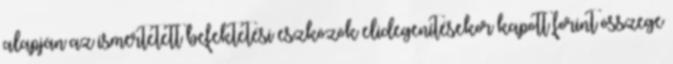
alapján az ismertetett befektetési eszközök elidegenítésekor kapott forint összege